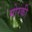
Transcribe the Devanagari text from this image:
मोरकी